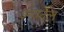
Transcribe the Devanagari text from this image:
इन्वर्देल